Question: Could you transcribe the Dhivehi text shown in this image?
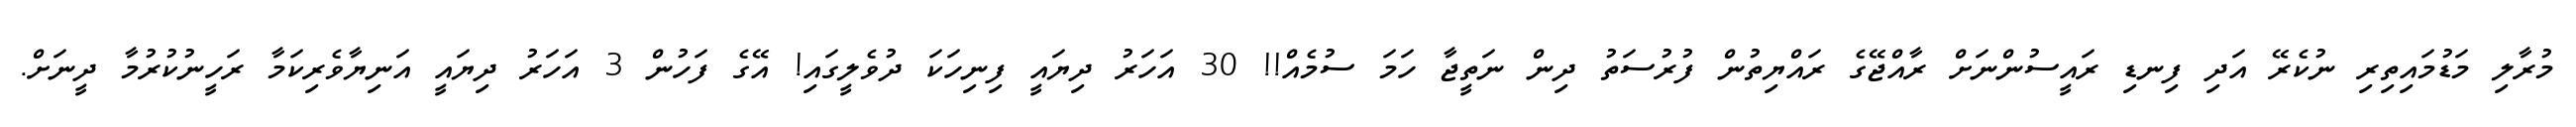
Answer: މުރާލި މަޑުމައިތިރި ނުކެރޭ އަދި ފިނޑި ރައީސުންނަށް ރާއްޖޭގެ ރައްޔިތުން ފުރުސަތު ދިން ނަތީޖާ ހަމަ ސުމެއް!! 30 އަހަރު ދިޔައީ ފިނިހަކަ ދުވެލީގައި! އޭގެ ފަހުން 3 އަހަރު ދިޔައީ އަނިޔާވެރިކަމާ ރަހީނުކުރުމާ ދީނަށް.